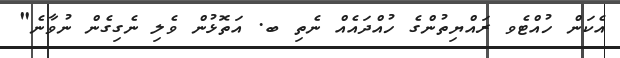
އެކަން ހުއްޓެވ ރައްޔިތުންގެ ހުއްދައެއް ނެތި ބ. އަތޮޅުން ވެލި ނެގިގެން ނުވާނެ"